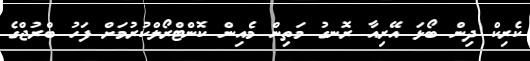
ކެރިކް ދިން ބޯޅަ އޭރިއާ ރޮނގު މަތިން މެއިން ކޮންޓްރޯލްކުުރުމަށް ފަހު ބްރުޖްގެ